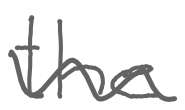
Text: the
Cross-out: wave
Writing tool: digital_gray